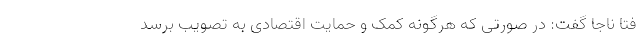
فتا ناجا گفت: در صورتی که هرگونه کمک و حمایت اقتصادی به تصویب برسد